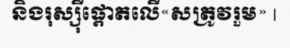
និងរុស្ស៊ីផ្តោតលើ«សត្រូវរួម» |